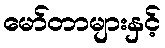
မော်တာများနှင့်